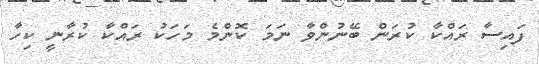
ފައިސާ ރައްކާ ކުރަން ބޭނުންވާ ނަމަ ކޮންމެ މަހަކު ރައްކާ ކުރާނީ ކިހާ